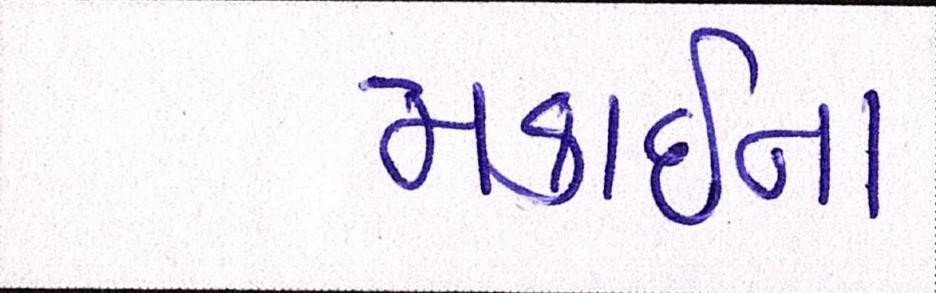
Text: મકાઈના